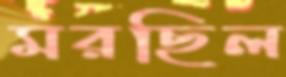
মরছিল